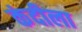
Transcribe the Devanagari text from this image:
कंदीला